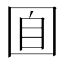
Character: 𡇝